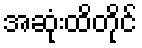
အဆုံးထိတိုင်